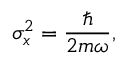
\sigma _ { x } ^ { 2 } = { \frac { \hbar } { 2 m \omega } } ,